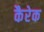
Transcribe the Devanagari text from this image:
कैरेक